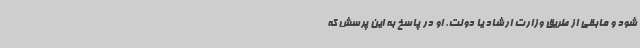
شود و مابقی از طریق وزارت ارشاد یا دولت. او در پاسخ به این پرسش که